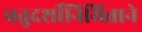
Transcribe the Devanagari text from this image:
चतुदर्शीनिमित्ताने